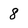
Character: 8